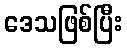
ဒေသဖြစ်ပြီး